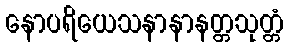
နောပရိယေသနာနာနတ္တသုတ္တံ